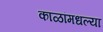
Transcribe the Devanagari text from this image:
काळांमधल्या